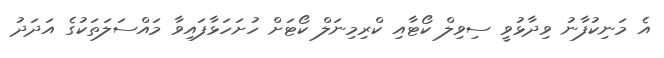
އެ މަނިކުފާނު ވިދާޅުވީ ސިވިލް ކޯޓާއި ކްރިމިނަލް ކޯޓަށް ހުށަހަޅާފައިވާ މައްސަލަތަކުގެ އަދަދު